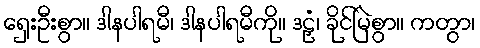
ရှေးဦးစွာ။ ဒါနပါရမီ၊ ဒါနပါရမီကို။ ဒဠှံ၊ ခိုင်မြဲစွာ။ ကတွာ၊